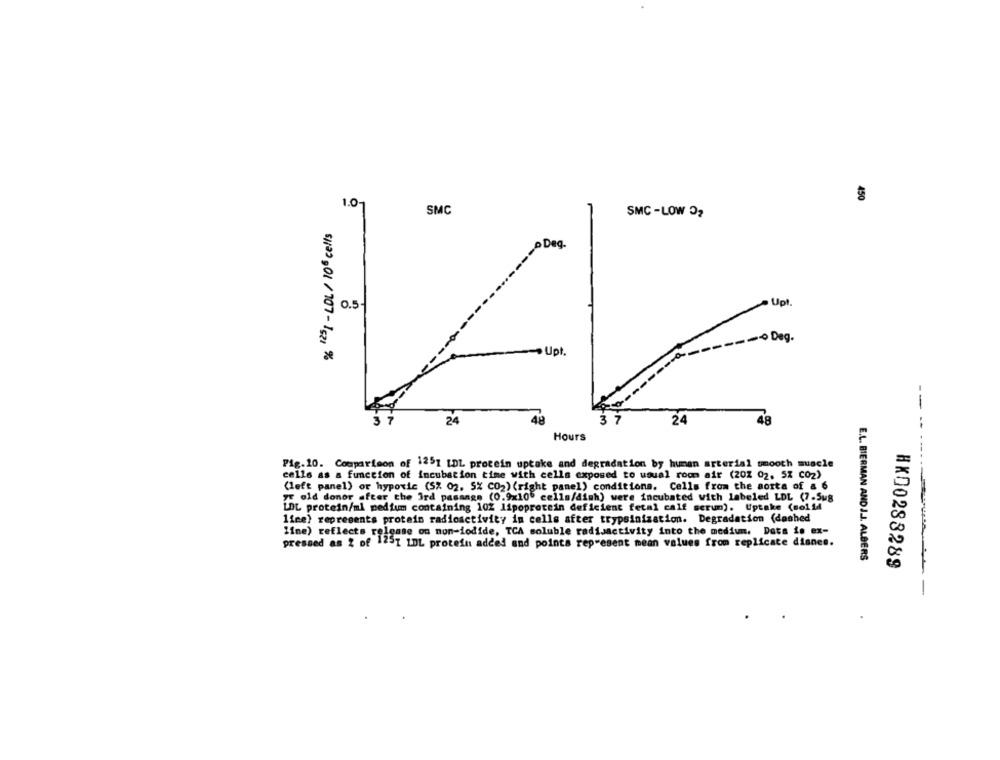
1.01
450
SMC
SMC -LOW 02
% 1251 - LDL / 106 cells
Deg.
0.5
Upt
Deg.
Upt.
--
3 7
24
48
37
24
48
Hours
Pig.10. Comparison of 1251 [DL protein uptake and degradation by human arterial smooth muscle
cells as a function of incubation time with cells exposed to usual room air (202 02, 5% CO2)
(left panel) or hypoxic (52 02. 5% CO2) (right panel) conditions. Cells from the aorta of & 6
yr old donor after the 3rd pasangs (0.9x10" cells/dish) were incubated with labeled LDL (7.5u8
LDL protein/ml medium containing 102 lipoprotein deficient fetal calf serum). Uptake (sol14
line) represents protein radioactivity in cells after trypsinization. Degradation (dashed
line) reflects release on non-iodide, TCA soluble radioactivity into the medium. Data is ex-
pressed as 2 of 1237 9
pressed as 2 of 1251 1DL protein added and points represent mean values from replicate dianes.
E.L. BIERMAN AND J.J. ALBERS
HK00288289